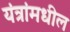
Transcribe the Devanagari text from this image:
यंत्रांमधील